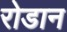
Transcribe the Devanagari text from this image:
रोडान